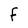
Character: F